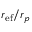
r _ { \mathrm { e f } } / r _ { p }